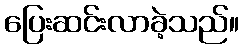
ပြေးဆင်းလာခဲ့သည်။